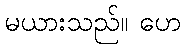
မယားသည်။ ဟေ